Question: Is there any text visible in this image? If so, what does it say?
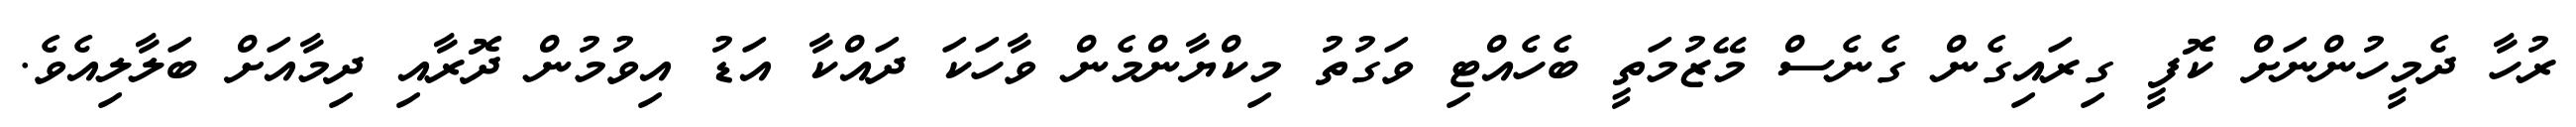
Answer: ރުހާ ދެމީހުންނަށް ކޮފީ ގިރައިގެން ގެނެސް މޭޒުމަތީ ބެހެއްޓި ވަގުތު މިކްޔާންމެން ވާހަކަ ދައްކާ އަޑު އިވުމުން ދޮރާއި ދިމާއަށް ބަލާލިއެވެ.